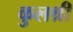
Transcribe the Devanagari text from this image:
कुलश्री